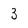
Character: 3